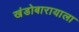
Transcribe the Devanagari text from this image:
खंडोबारायाला